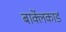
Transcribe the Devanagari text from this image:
बार्क्लेकार्ड